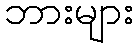
ဘားများ